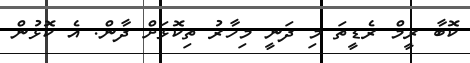
ކޮބާ ރީމް ރެޑީތަ މި ދަނީ މިހާރު ތިކޮޅަށް ދާން. އެ ކޮޅުން